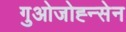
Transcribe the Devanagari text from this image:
गुओजोह्न्सेन